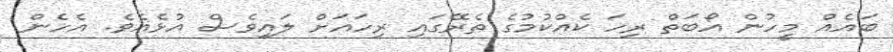
ބައެއް މީހުން އޯބަތް ރިހަ ކެއްކުމުގެ ތެރޭގައި ރިހައަށް ލައިވެސް އުޅެއެވެ. އެހެން